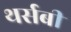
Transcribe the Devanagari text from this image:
थर्सबी